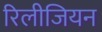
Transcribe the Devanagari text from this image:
रिलीजियन